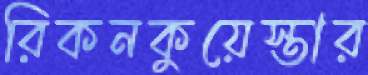
রিকনকুয়েস্তার